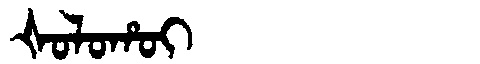
Manchu: ᡧᠣᠯᠣᡥᠣᡳ
Romanization: ŠOLOHOI